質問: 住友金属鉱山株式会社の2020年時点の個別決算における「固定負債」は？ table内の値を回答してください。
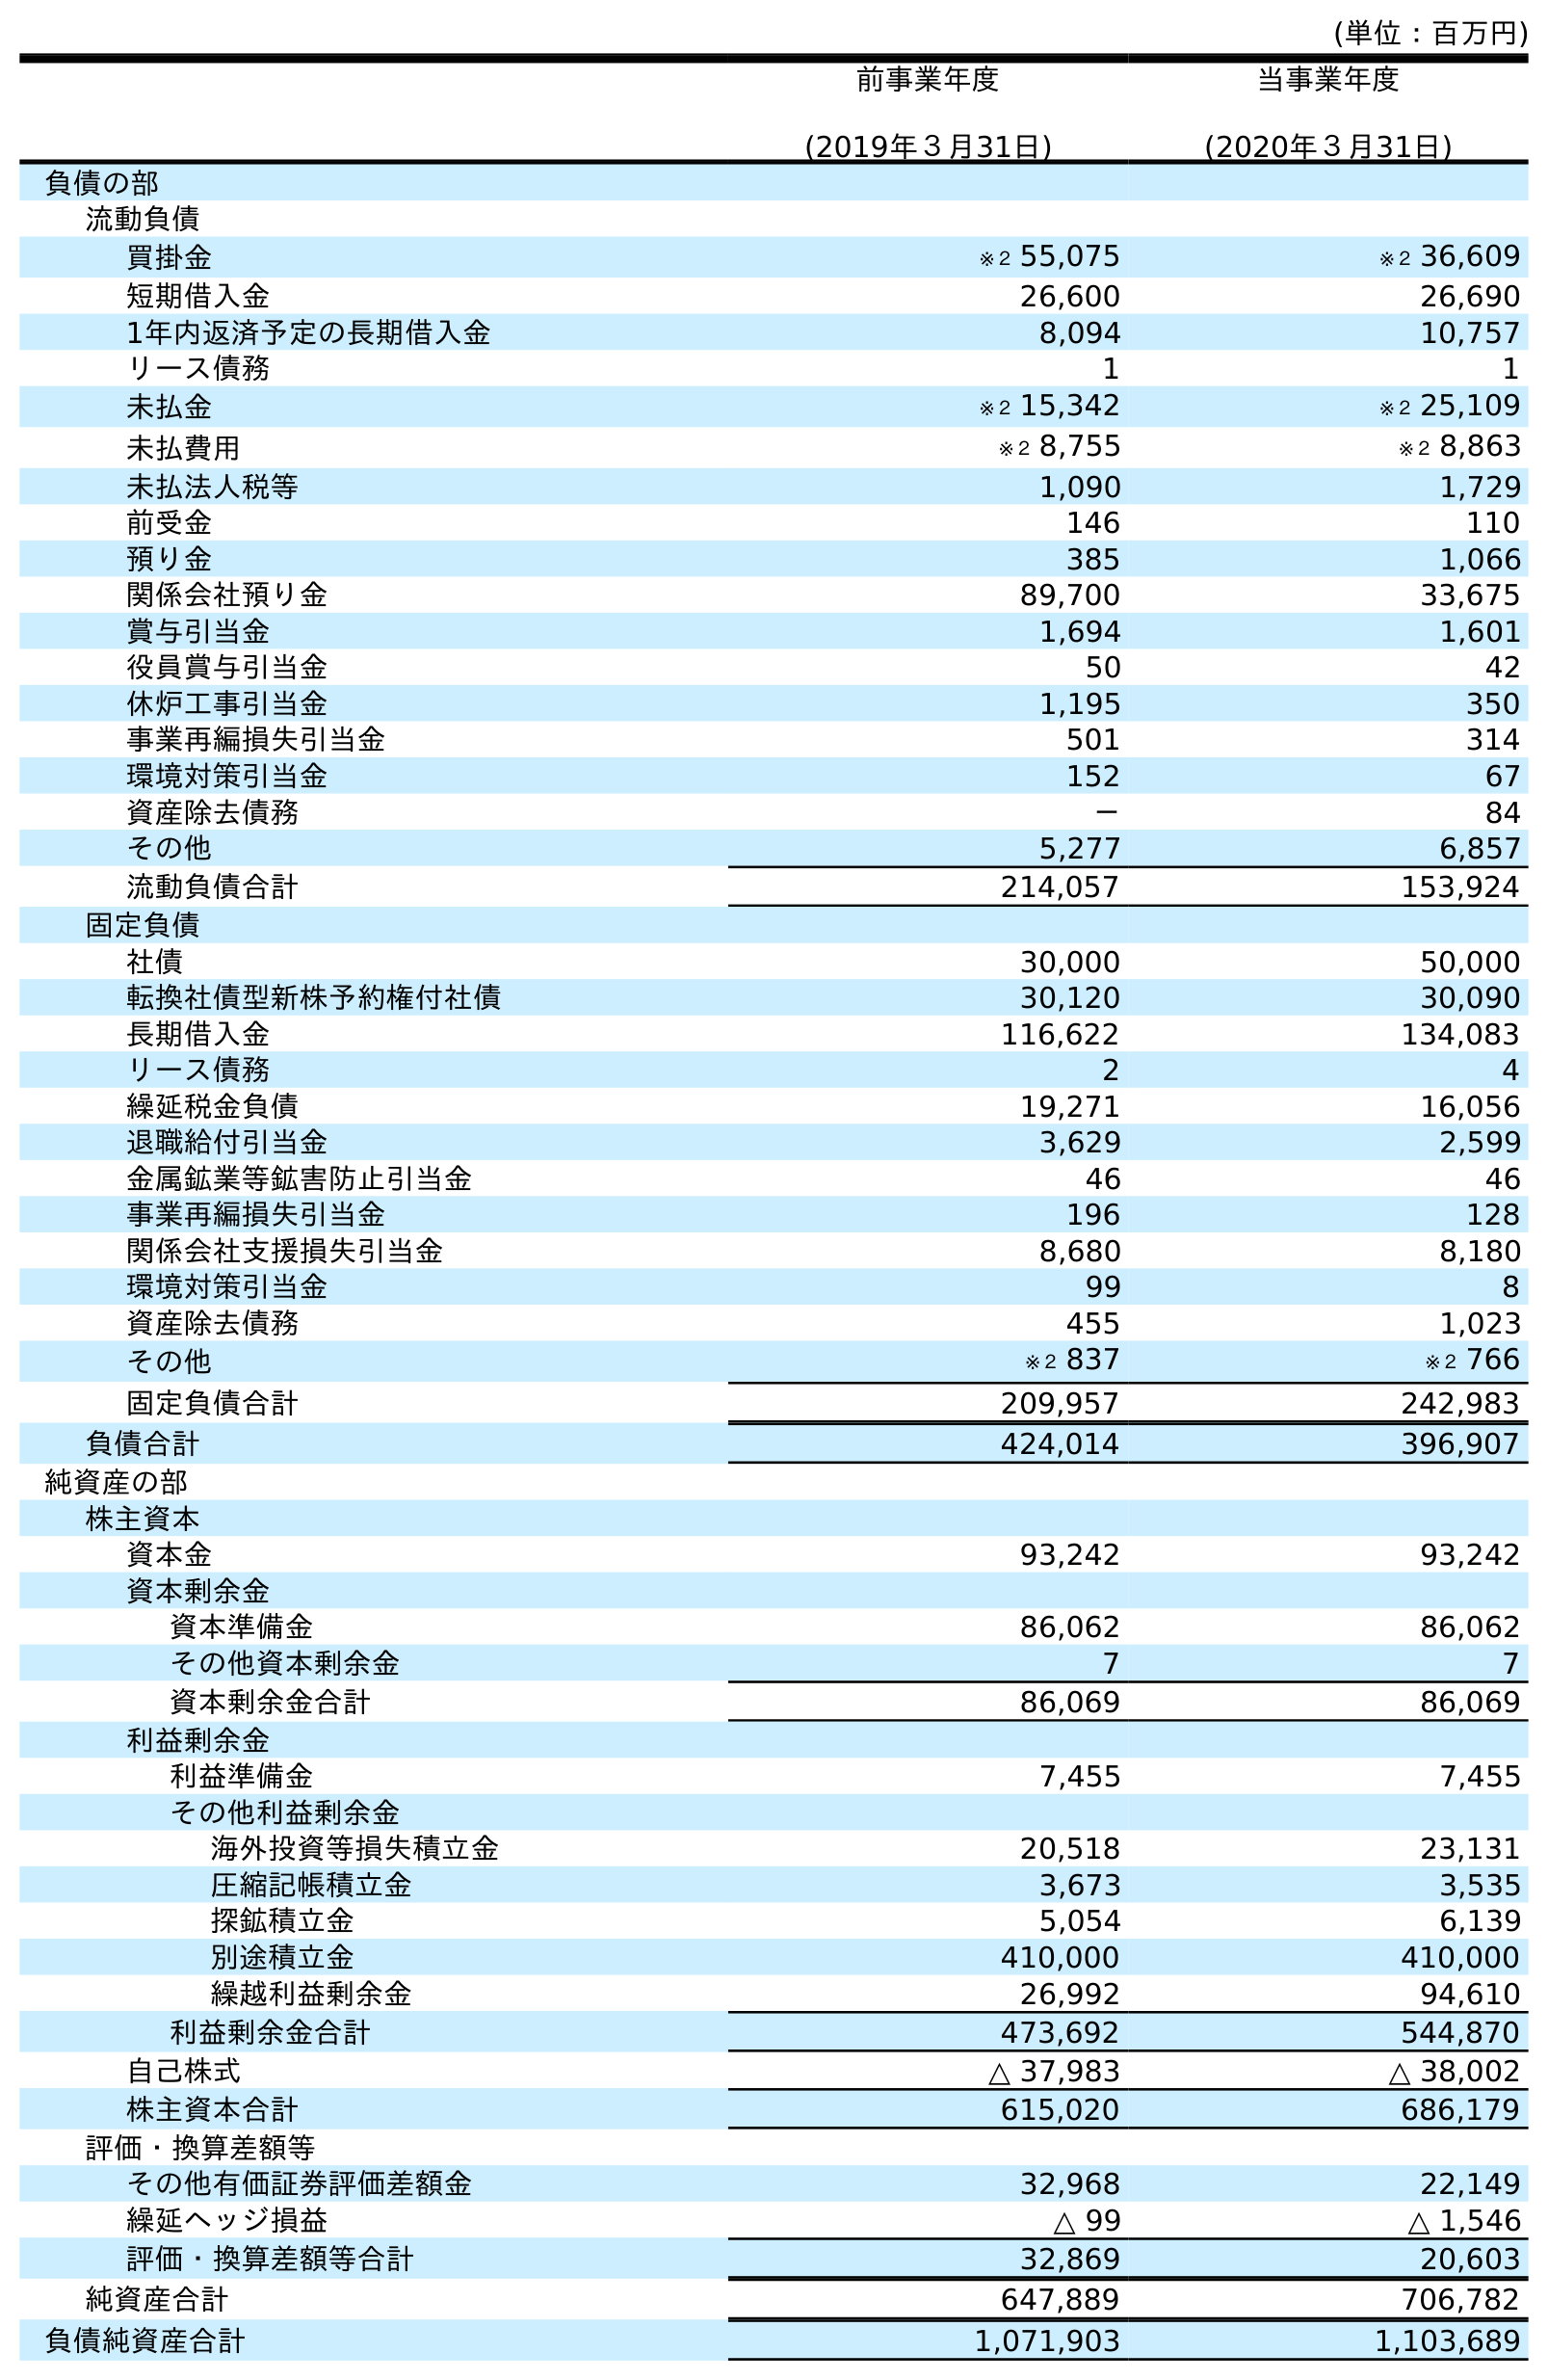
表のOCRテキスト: (単位：百万円) 前事業年度 (2019年３月31日) 当事業年度 (2020年３月31日) 負債の部 流動負債 買掛金 ※２ 55,075 ※２ 36,609 短期借入金 26,600 26,690 1年内返済予定の長期借入金 8,094 10,757 リース債務 1 1 未払金 ※２ 15,342 ※２ 25,109 未払費用 ※２ 8,755 ※２ 8,863 未払法人税等 1,090 1,729 前受金 146 110 預り金 385 1,066 関係会社預り金 89,700 33,675 賞与引当金 1,694 1,601 役員賞与引当金 50 42 休炉工事引当金 1,195 350 事業再編損失引当金 501 314 環境対策引当金 152 67 資産除去債務 － 84 その他 5,277 6,857 流動負債合計 214,057 153,924 固定負債 社債 30,000 50,000 転換社債型新株予約権付社債 30,120 30,090 長期借入金 116,622 134,083 リース債務 2 4 繰延税金負債 19,271 16,056 退職給付引当金 3,629 2,599 金属鉱業等鉱害防止引当金 46 46 事業再編損失引当金 196 128 関係会社支援損失引当金 8,680 8,180 環境対策引当金 99 8 資産除去債務 455 1,023 その他 ※２ 837 ※２ 766 固定負債合計 209,957 242,983 負債合計 424,014 396,907 純資産の部 株主資本 資本金 93,242 93,242 資本剰余金 資本準備金 86,062 86,062 その他資本剰余金 7 7 資本剰余金合計 86,069 86,069 利益剰余金 利益準備金 7,455 7,455 その他利益剰余金 海外投資等損失積立金 20,518 23,131 圧縮記帳積立金 3,673 3,535 探鉱積立金 5,054 6,139 別途積立金 410,000 410,000 繰越利益剰余金 26,992 94,610 利益剰余金合計 473,692 544,870 自己株式 △ 37,983 △ 38,002 株主資本合計 615,020 686,179 評価・換算差額等 その他有価証券評価差額金 32,968 22,149 繰延ヘッジ損益 △ 99 △ 1,546 評価・換算差額等合計 32,869 20,603 純資産合計 647,889 706,782 負債純資産合計 1,071,903 1,103,689
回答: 242,983